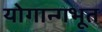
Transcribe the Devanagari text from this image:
योगान्गभूत